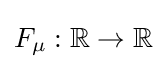
F_{\mu }:\mathbb {R} \to \mathbb {R}